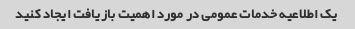
یک اطلاعیه خدمات عمومی در مورد اهمیت بازیافت ایجاد کنید